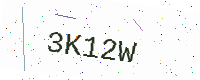
Text: 3K12W